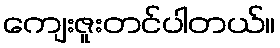
ကျေးဇူးတင်ပါတယ်။